Insane asylums in Bengal annual reports 1867-1875 - 1867-1875
Year: 1867
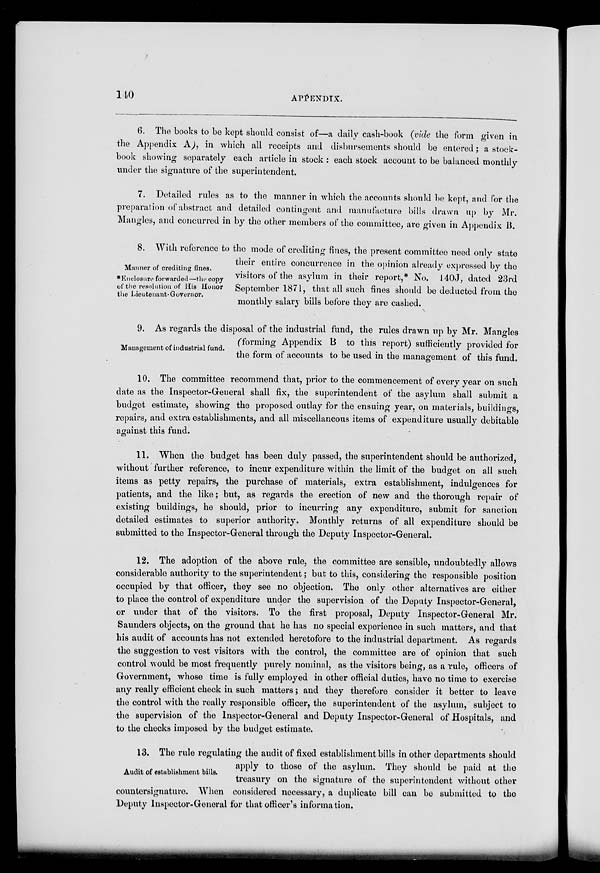
140
APPENDIX.
6. The books to be kept should consist of—a daily cash-book (vide the form given in
the Appendix A), in which all receipts and disbursements should be entered; a stock-
book showing separately each article in stock : each stock account to be balanced monthly
under the signature of the superintendent.
7. Detailed rules as to the manner in which the accounts should be kept, and for the
preparation of abstract and detailed contingent and manufacture bills drawn up by Mr.
Mangles, and concurred in by the other members of the committee, are given in Appendix B.
Manner of crediting fines.
*Enclosure forwarded—the copy
of the resolution of His Honor
the Lieutenant-Governor.
8. With reference to the mode of crediting fines, the present committee need only state
their entire concurrence in the opinion already expressed by the
visitors of the asylum in their report,* No. 140J, dated 23rd
September 1871, that all such fines should be deducted from the
monthly salary bills before they are cashed.
Management of industrial fund.
9. As regards the disposal of the industrial fund, the rules drawn up by Mr. Mangles
(forming Appendix B to this report) sufficiently provided for
the form of accounts to be used in the management of this fund.
10. The committee recommend that, prior to the commencement of every year on such
date as the Inspector-General shall fix, the superintendent of the asylum shall submit a
budget estimate, showing the proposed outlay for the ensuing year, on materials, buildings,
repairs, and extra establishments, and all miscellaneous items of expenditure usually debitable
against this fund.
11. When the budget has been duly passed, the superintendent should be authorized,
without further reference, to incur expenditure within the limit of the budget on all such
items as petty repairs, the purchase of materials, extra establishment, indulgences for
patients, and the like; but, as regards the erection of new and the thorough repair of
existing buildings, he should, prior to incurring any expenditure, submit for sanction
detailed estimates to superior authority. Monthly returns of all expenditure should be
submitted to the Inspector-General through the Deputy Inspector-General.
12. The adoption of the above rule, the committee are sensible, undoubtedly allows
considerable authority to the superintendent; but to this, considering the responsible position
occupied by that officer, they see no objection. The only other alternatives are either
to place the control of expenditure under the supervision of the Deputy Inspector-General,
or under that of the visitors. To the first proposal, Deputy Inspector-General Mr.
Saunders objects, on the ground that he has no special experience in such matters, and that
his audit of accounts has not extended heretofore to the industrial department. As regards
the suggestion to vest visitors with the control, the committee are of opinion that such
control would be most frequently purely nominal, as the visitors being, as a rule, officers of
Government, whose time is fully employed in other official duties, have no time to exercise
any really efficient check in such matters; and they therefore consider it better to leave
the control with the really responsible officer, the superintendent of the asylum, subject to
the supervision of the Inspector-General and Deputy Inspector-General of Hospitals, and
to the checks imposed by the budget estimate.
Audit of establishment bills.
13. The rule regulating the audit of fixed establishment bills in other departments should
apply to those of the asylum. They should be paid at the
treasury on the signature of the superintendent without other
countersignature. When considered necessary, a duplicate bill can be submitted to the
Deputy Inspector-General for that officer's information.